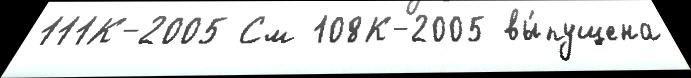
111К-2005 См 108К-2005 вы́пущена